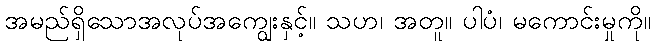
အမည်ရှိသောအလုပ်အကျွေးနှင့်။ သဟ၊ အတူ။ ပါပံ၊ မကောင်းမှုကို။